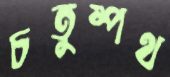
চতুষ্পথ